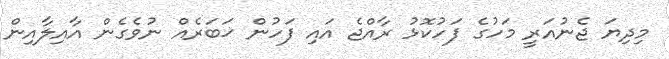
މިދިޔަ ޖެނުއަރީ މަހުގެ ފަހުކޮޅު ރާއްޖެ އައި ފަހުން ޚަބަރެއް ނުވެގެން އާއިލާއިން